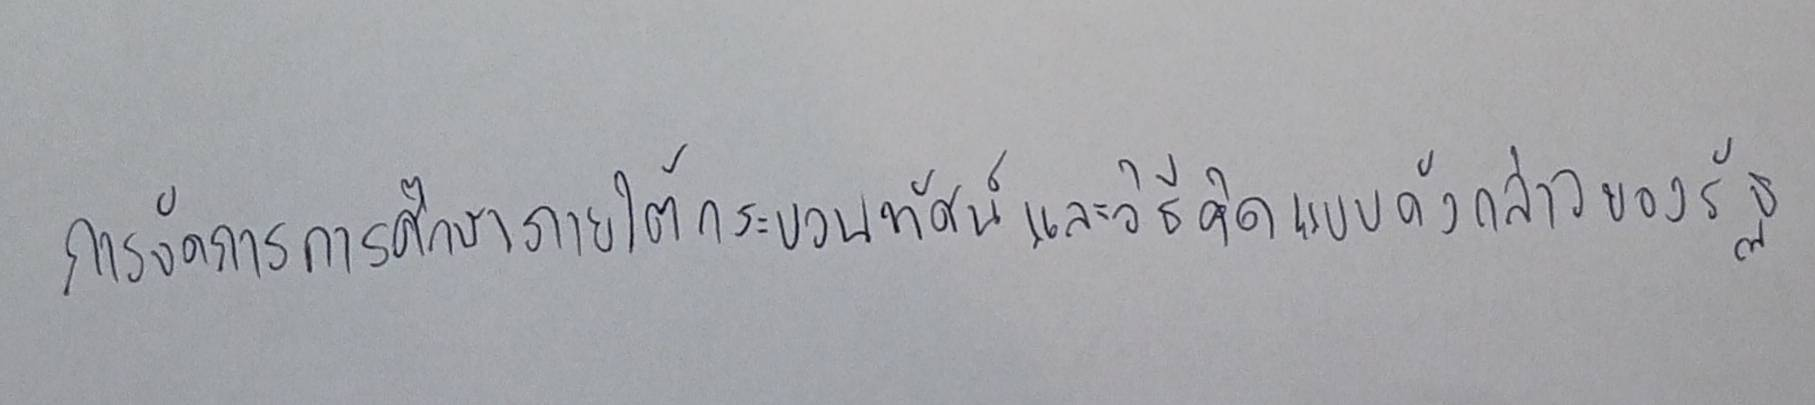
การจัดการศึกษาภายใต้กระบวนทัศน์และวิธีคิดแบบดังกล่าวของรัฐ